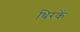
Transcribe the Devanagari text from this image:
थिरकें